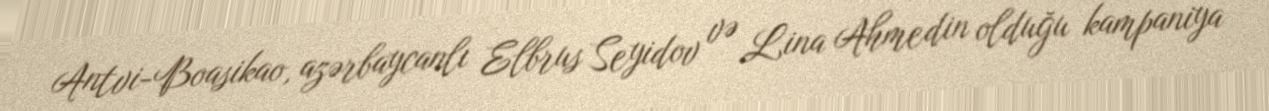
Antvi-Boasikao, azərbaycanlı Elbrus Seyidov və Lina Ahmedin olduğu kampaniya